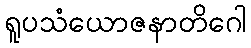
ရူပသံယောဇနာတိဂေါ